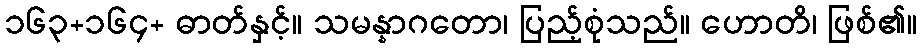
၁၆၃+၁၆၄+ ဓာတ်နှင့်။ သမန္နာဂတော၊ ပြည့်စုံသည်။ ဟောတိ၊ ဖြစ်၏။